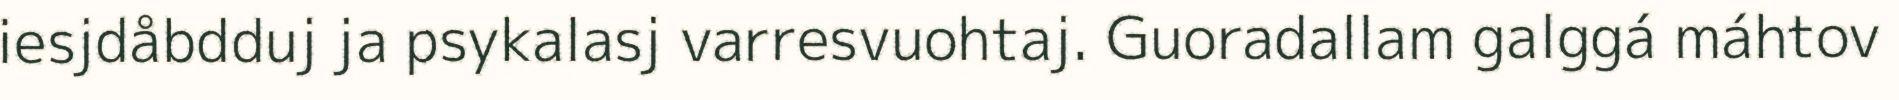
iesjdåbdduj ja psykalasj varresvuohtaj. Guoradallam galggá máhtov